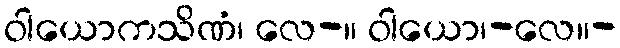
ဝါယောကသိဏံ၊ လေ-။ ဝါယော၊-လေ။-